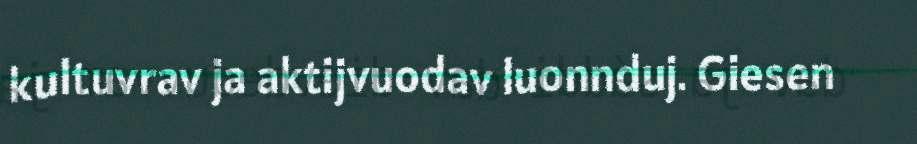
kultuvrav ja aktijvuodav luonnduj. Giesen